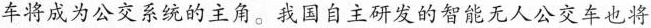
车将成为公交系统的主角。我国自主研发的智能无人公交车也将